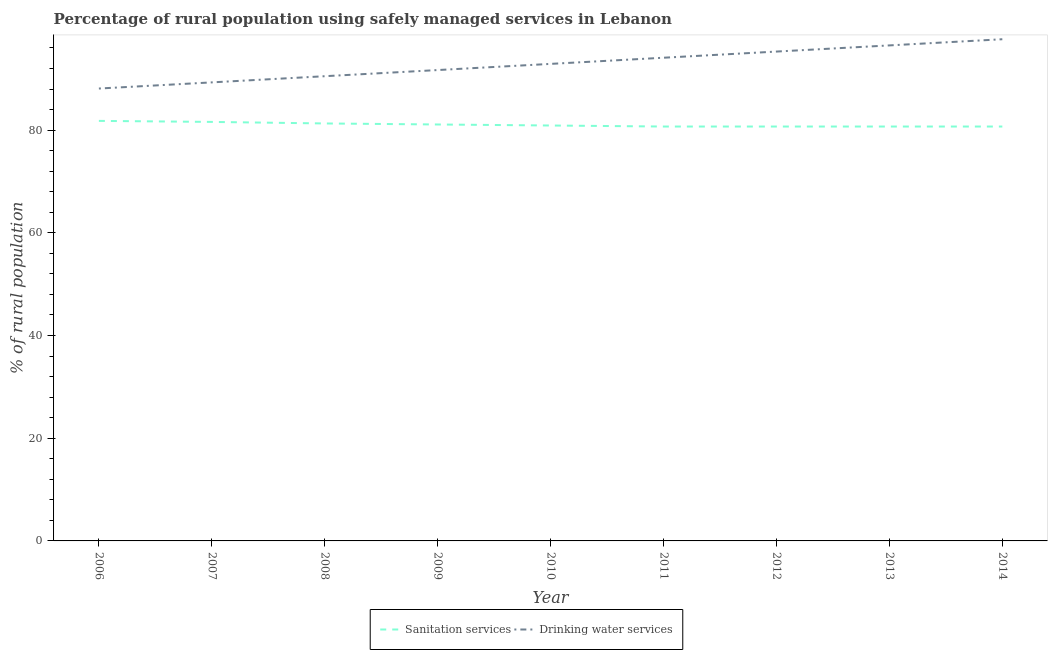
| Year | Sanitation services | Drinking water services |
 | --- | --- | --- |
 | 2006 | 81.8 | 88.1 |
 | 2007 | 81.6 | 89.3 |
 | 2008 | 81.3 | 90.5 |
 | 2009 | 81.1 | 91.7 |
 | 2010 | 80.9 | 92.9 |
 | 2011 | 80.7 | 94.1 |
 | 2012 | 80.7 | 95.3 |
 | 2013 | 80.7 | 96.5 |
 | 2014 | 80.7 | 97.7 |